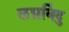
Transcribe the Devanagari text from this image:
लग्नबिंदु